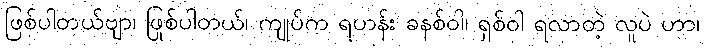
ဖြစ်ပါတယ်ဗျာ၊ ဖြစ်ပါတယ်၊ ကျုပ်က ရဟန်း ခုနစ်ဝါ၊ ရှစ်ဝါ ရလာတဲ့ လူပဲ ဟာ၊